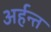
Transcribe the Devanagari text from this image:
अर्हन्त